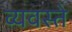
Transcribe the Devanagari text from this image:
व्यवस्ते